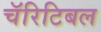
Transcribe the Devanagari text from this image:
चॅरिटिबल